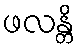
ဖလန္တိ